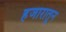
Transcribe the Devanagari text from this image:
हजारातून